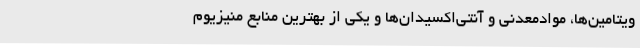
ویتامین‌ها، موادمعدنی و آنتی‌اکسیدان‌ها و یکی از بهترین منابع منیزیوم